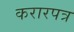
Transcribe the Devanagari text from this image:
करारपत्र